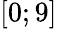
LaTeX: \left[0;9\right]